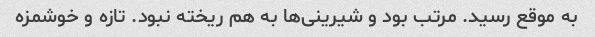
به موقع رسید. مرتب بود و شیرینی‌ها به هم ریخته نبود. تازه و خوشمزه